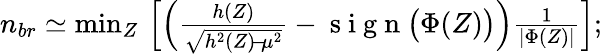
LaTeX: \begin{array}{r}{n_{br}\simeq\operatorname*{min}_{Z}\, \left[\left(\frac{h(Z)}{\sqrt{h^{2}(Z)\! -\! \mu^{2}}}-\mathrm{~s~i~g~n~}\big(\Phi(Z)\big)\right)\frac 1{|\Phi(Z)|}\right];}\end{array}